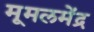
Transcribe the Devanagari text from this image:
मूमलमेंद्र